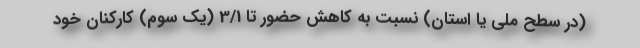
(در سطح ملّی یا استان) نسبت به کاهش حضور تا 3/1 (یک سوم) کارکنان خود